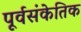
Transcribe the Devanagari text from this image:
पूर्वसंकेतिक